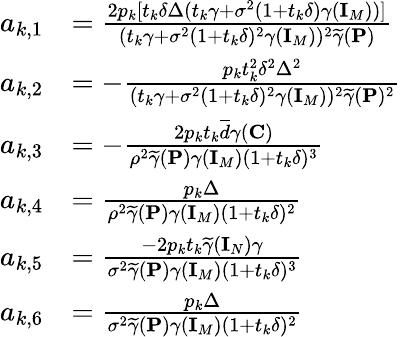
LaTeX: \begin{array}{rl}{a_{k,1}}&{=\frac{2p_{k}[t_{k}\delta\Delta(t_{k}\gamma+\sigma^{2}(1+t_{k}\delta)\gamma({\mathbf{I}}_{M}))]}{(t_{k}\gamma+\sigma^{2}(1+t_{k}\delta)^{2}\gamma({\mathbf{I}}_{M}))^{2}\widetilde{\gamma}({\mathbf{P}})}}\\ {a_{k,2}}&{=-\frac{p_{k}t_{k}^{2}\delta^{2}\Delta^{2}}{(t_{k}\gamma+\sigma^{2}(1+t_{k}\delta)^{2}\gamma({\mathbf{I}}_{M}))^{2}\widetilde{\gamma}({\mathbf{P}})^{2}}}\\ {a_{k,3}}&{=-\frac{2p_{k}t_{k}\overline{{d}}\gamma({\mathbf{C}})}{\rho^{2}\widetilde{\gamma}({\mathbf{P}})\gamma({\mathbf{I}}_{M})(1+t_{k}\delta)^{3}}}\\ {a_{k,4}}&{=\frac{p_{k}\Delta}{\rho^{2}\widetilde{\gamma}({\mathbf{P}})\gamma({\mathbf{I}}_{M})(1+t_{k}\delta)^{2}}}\\ {a_{k,5}}&{=\frac{-2p_{k}t_{k}\widetilde{\gamma}({\mathbf{I}}_{N})\gamma}{\sigma^{2}\widetilde{\gamma}({\mathbf{P}})\gamma({\mathbf{I}}_{M})(1+t_{k}\delta)^{3}}}\\ {a_{k,6}}&{=\frac{p_{k}\Delta}{\sigma^{2}\widetilde{\gamma}({\mathbf{P}})\gamma({\mathbf{I}}_{M})(1+t_{k}\delta)^{2}}}\end{array}